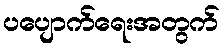
ပပျောက်ရေးအတွက်